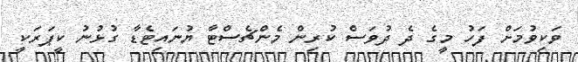
ވަކިވުމަށް ފަހު މީގެ ދެ ދުވަސް ކުރިން މެންޗެސްޓާ ޔުނައިޓެޑާ ގުޅުނު ކީޕަރަކީ